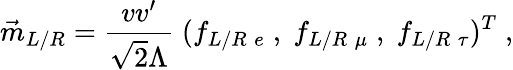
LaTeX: \vec{m}_{L/R}=\frac{vv^{\prime}}{\sqrt{2}\Lambda}\; (f_{L/R\; e}\; ,\; f_{L/R\; \mu}\; ,\; f_{L/R\; \tau})^{T}\; ,